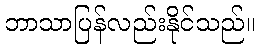
ဘာသာပြန်လည်းနိုင်သည်။